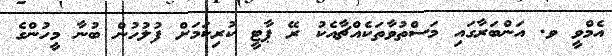
އެމްވީ ވ. އަންބަރާގައި މަސްތުވާތަކެއްޗާއެކު ރޭ ޕާޓީ ކުރިކަމަށް ފުލުހުން ބުނާ މީހުންގެ